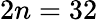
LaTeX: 2n=32